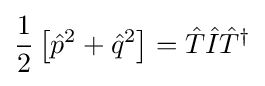
{\frac {1}{2}}\left[{\hat {p}}^{2}+{\hat {q}}^{2}\right]={\hat {T}}{\hat {I}}{\hat {T}}^{\dagger }